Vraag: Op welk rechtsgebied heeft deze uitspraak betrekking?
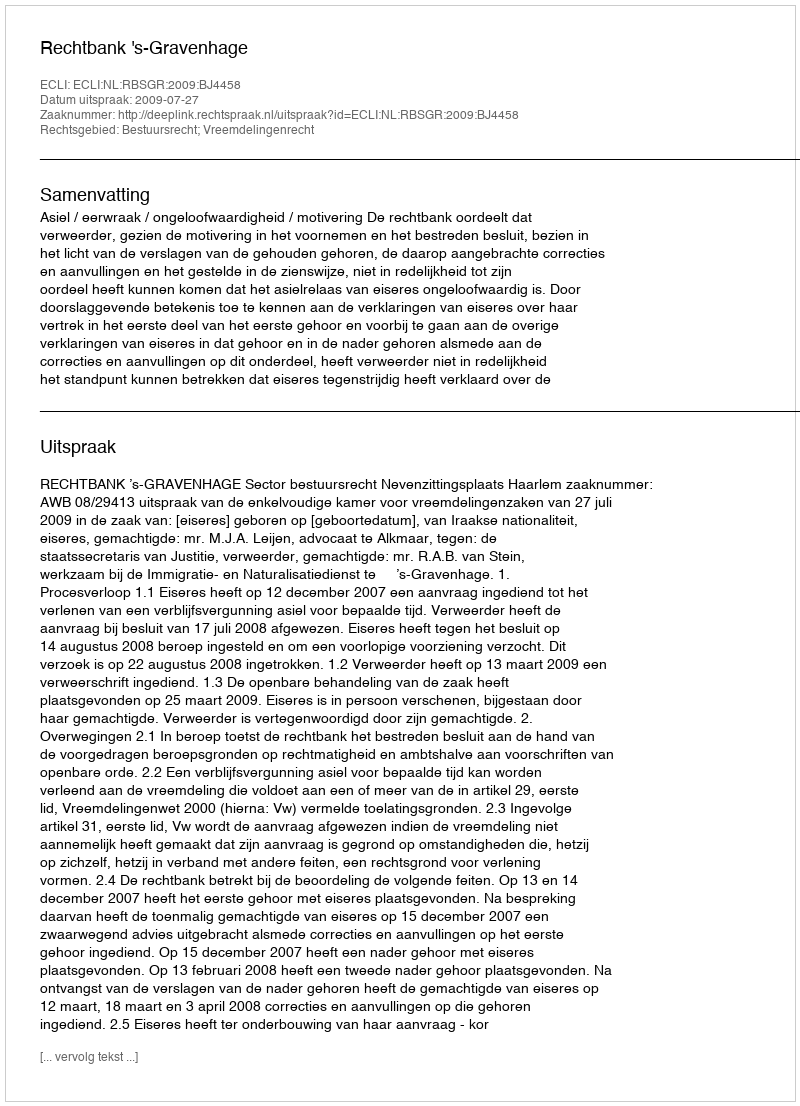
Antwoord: Bestuursrecht; Vreemdelingenrecht